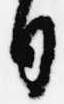
日